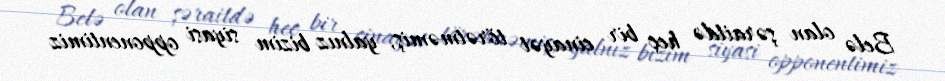
Belə olan şəraitdə heç bir cinayət törətməmiş, yalnız bizim siyasi opponentimiz